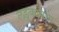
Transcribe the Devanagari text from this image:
लङ्कायाम